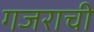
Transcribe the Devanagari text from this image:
गजराची